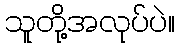
သူတို့အလုပ်ပဲ။